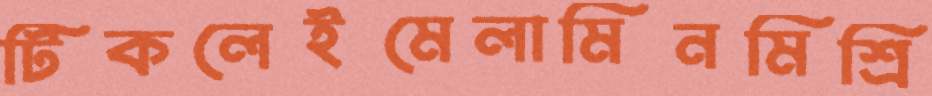
টিকলেইমেলামিনমিশ্রি